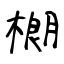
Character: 樃